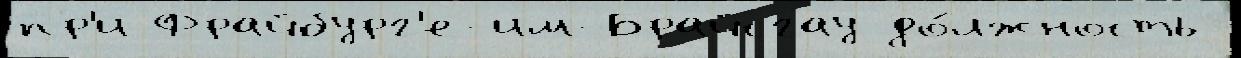
пр'и Фрайбург'е-им-Брайсгау до́лжность